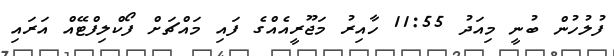
ފުލުހުން ބުނީ މިއަދު 11:55 ހާއިރު މަޖޫރީއެއްގެ ފައި މައްޗަށް ފޯކްލިފްޓޭއް އަރައި